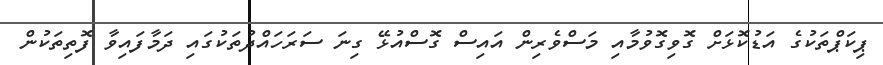
ޕިކަޕްތަކުގެ އަޑުކޮޅަށް ގޮވިގޮވުމާއި މަސްވެރިން އައިސް ގޮސްއުޅޭ ގިނަ ސަރަހައްދުތަކުގައި ދަމާފައިވާ ފޮތިތަކުން